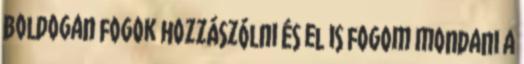
boldogan fogok hozzászólni és el is fogom mondani a